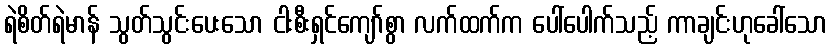
ရဲစိတ်ရဲမာန် သွတ်သွင်းပေးသော ငါးစီးရှင်ကျော်စွာ လက်ထက်က ပေါ်ပေါက်သည့် ကာချင်းဟုခေါ်သော